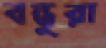
বন্ধুরা